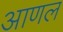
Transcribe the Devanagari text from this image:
आणल